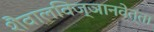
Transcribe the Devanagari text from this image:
शैवालविज्ञानवेत्ता